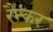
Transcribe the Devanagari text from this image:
रैन्कर